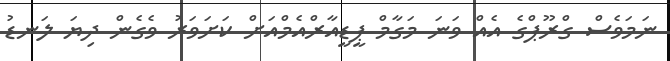
ނަމަވެސް ގްރޫޕްގެ އެއް ވަނަ މަގާމް ޕީޑީއާރްއެމްއަށް ކަށަވަރު ވެގެން ދިޔަ ލަނޑު